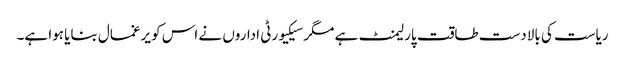
ریاست کی بالادست طاقت پارلیمنٹ ہے مگر سیکیورٹی اداروں نے اس کو یرغمال بنایا ہوا ہے۔